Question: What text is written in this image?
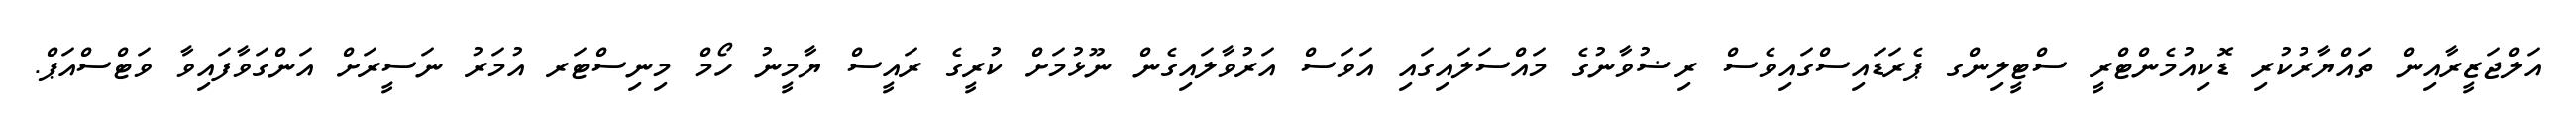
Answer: އަލްޖަޒީރާއިން ތައްޔާރުކުރި ޑޮކިއުމެންޓްރީ ސްޓީލިންގ ޕެރަޑައިސްގައިވެސް ރިޟުވާނުގެ މައްސަލައިގައި އަވަސް އަރުވާލައިގެން ނޫޅުމަށް ކުރީގެ ރައީސް ޔާމީނު ހޯމް މިނިސްޓަރ އުމަރު ނަސީރަށް އަންގަވާފައިވާ ވަޓްސްއަޕް.